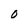
Character: O